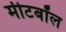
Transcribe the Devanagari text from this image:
मीटबॉल